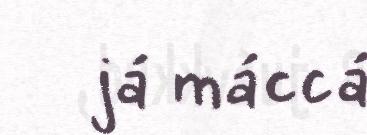
já máccá